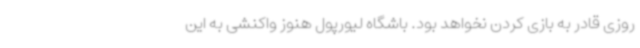
روزی قادر به بازی کردن نخواهد بود. باشگاه لیورپول هنوز واکنشی به این